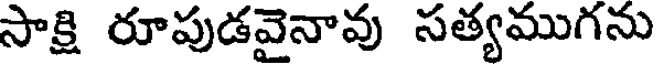
సాక్షి రూపుడవైనావు సత్యముగను